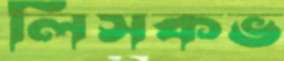
লিসকভ